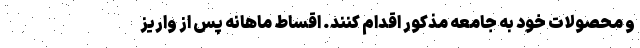
و محصولات خود به جامعه مذکور اقدام کنند. اقساط ماهانه پس از واریز